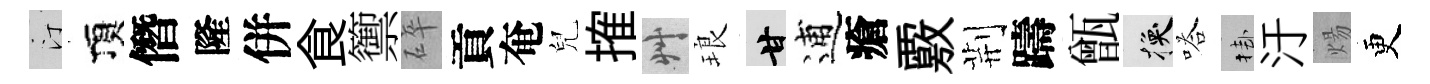
汀頂僭隆併食籞碎貢奄兒搉艸琅甘逋瘡覈荆躊甑换嗒挂汙煬更